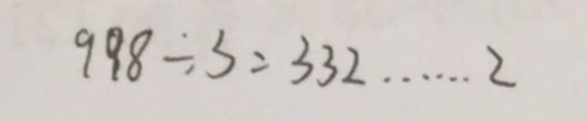
9 9 8 \div 3 = 3 3 2 \cdots 2